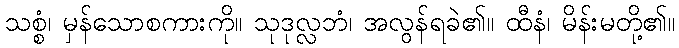
သစ္စံ၊ မှန်သောစကားကို။ သုဒုလ္လဘံ၊ အလွန်ရခဲ၏။ ထီနံ၊ မိန်းမတို့၏။